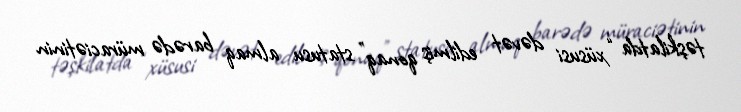
təşkilatda “xüsusi dəvət edilmiş qonaq” statusu almaq barədə müraciətinin